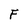
Character: F